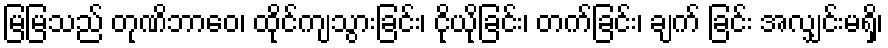
မြမြသည် တုဏိဘာဝေ၊ ထိုင်ကျသွားခြင်း၊ ငိုယိုခြင်း၊ တက်ခြင်း၊ ချက် ခြင်း အလျှင်းမရှိ၊